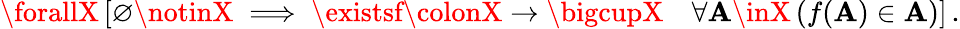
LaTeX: \forallX\left[\varnothing\notinX\implies\existsf\colonX\rightarrow\bigcupX\quad\forall\mathbf{A}\inX\, (f(\mathbf{A})\in\mathbf{A})\right]\, .